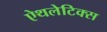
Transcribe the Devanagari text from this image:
ऐथलेटिक्स